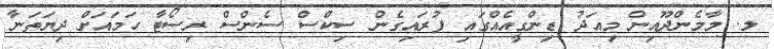
ލ. މާމެންދޫއިން މިއަދު ޑިންގީއެއްގައި ފުރައިގެން ސިކްސް ސެންސް ރިސޯޓާ ހަމައަށް ދިޔަތަނާ